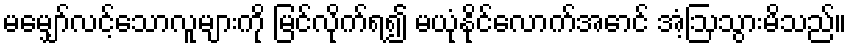
မမျှော်လင့်သောလူများကို မြင်လိုက်ရ၍ မယုံနိုင်လောက်အောင် အံ့ဩသွားမိသည်။